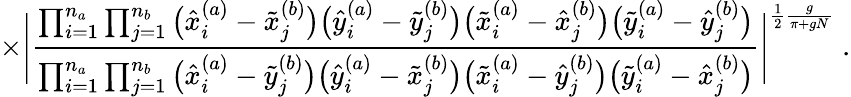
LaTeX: \times\Bigg|\frac{\prod_{i=1}^{n_{a}}\prod_{j=1}^{n_{b}}\big(\hat{x}_{i}^{(a)}-\tilde{x}_{j}^{(b)}\big)\big(\hat{y}_{i}^{(a)}-\tilde{y}_{j}^{(b)}\big)\big(\tilde{x}_{i}^{(a)}-\hat{x}_{j}^{(b)}\big)\big(\tilde{y}_{i}^{(a)}-\hat{y}_{j}^{(b)}\big)}{\prod_{i=1}^{n_{a}}\prod_{j=1}^{n_{b}}\big(\hat{x}_{i}^{(a)}-\tilde{y}_{j}^{(b)}\big)\big(\hat{y}_{i}^{(a)}-\tilde{x}_{j}^{(b)}\big)\big(\tilde{x}_{i}^{(a)}-\hat{y}_{j}^{(b)}\big)\big(\tilde{y}_{i}^{(a)}-\hat{x}_{j}^{(b)}\big)}\Bigg|^{\frac{1}{2}\frac{g}{\pi+gN}}\; .